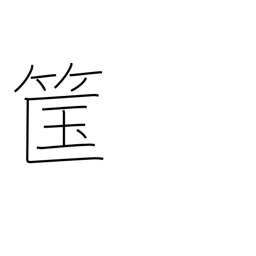
Meaning: bamboo basket